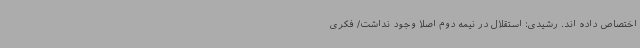
اختصاص داده اند. رشیدی: استقلال در نیمه دوم اصلا وجود نداشت/ فکری